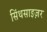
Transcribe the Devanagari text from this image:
सिंथसाइज़र